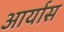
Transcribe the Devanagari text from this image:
आर्यास